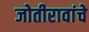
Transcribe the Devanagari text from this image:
जोतीरावांचे